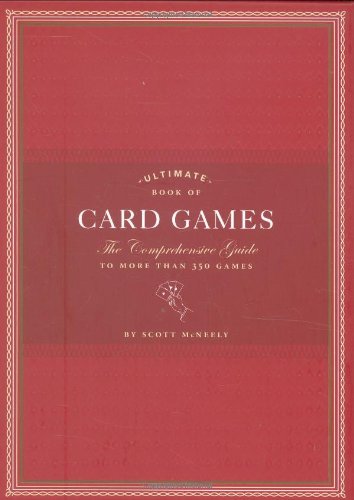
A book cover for Ultimate Book of Card Games: The Comprehensive Guide to More than 350 Games; Scott McNeely; Humor & Entertainment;